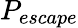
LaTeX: P_{escape}